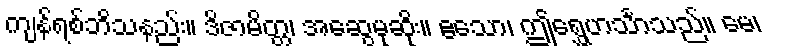
ကျန်ရစ်ဘိသနည်း။ ဒိဇာမိတ္တ၊ အဆွေမုဆိုး။ ဧသော၊ ဤရွှေဟင်္သာသည်။ မေ၊